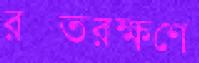
রক্তরক্ষণে